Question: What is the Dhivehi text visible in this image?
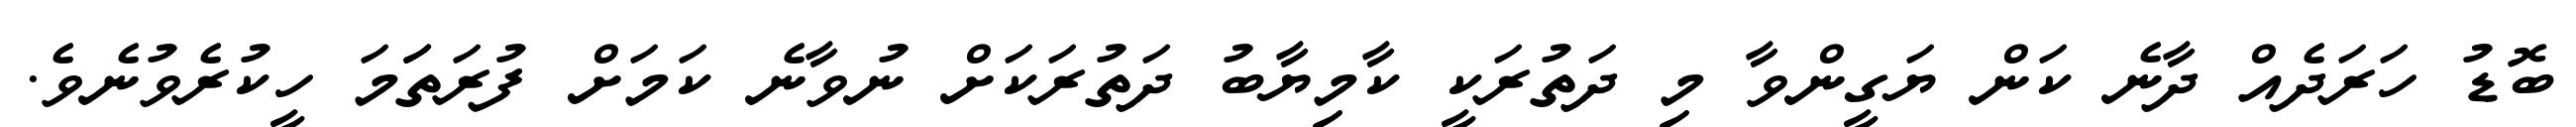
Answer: ބޮޑު ހަރަދެއް ދާނެ ކަން ޔަގީންވާ މި ދަތުރަކީ ކާމިޔާބު ދަތުރަކަށް ނުވާނެ ކަމަށް ފުރަތަަަމަ ހީކުރެވުނެވެ.